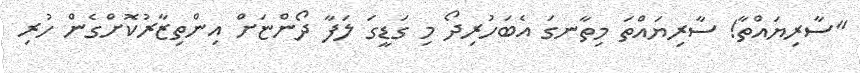
"ސާރިޔައްތާ! ސާރިޔައްތަ މިތާނގަ އެބަހުރިދޯ މި ގަޑީގަ ލަފާ ދޯންޏަށް އިންތިޒާރުކޮށްގެން ހުރި